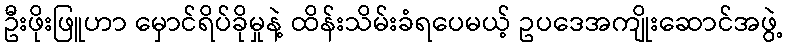
ဦးဖိုးဖြူဟာ မှောင်ရိပ်ခိုမှုနဲ့ ထိန်းသိမ်းခံရပေမယ့် ဥပဒေအကျိုးဆောင်အဖွဲ့